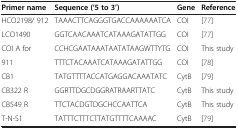
| Primer name | Sequence (‘5 to 3’) | Gene | Reference |
 | --- | --- | --- | --- |
 | HCO2198/ 912 | TAAACTTCAGGGTGACCAAAAAATCA | COI | [77] |
 | LCO1490 | GGTCAACAAATCATAAAGATATTGG | COI | [77] |
 | COI A for | CCHCGAATAAATAATATAAGWTTYTG | COI | This study |
 | 911 | TTTCTACAAATCATAAAGATATTGG | COI | [78] |
 | CB1 | TATGTTTTACCATGAGGACAAATATC | CytB | [79] |
 | CB322 R | GGRTTDGCDGGRATRAARTTATC | CytB | This study |
 | CB549 R | TTCTACDGTDGCHCCAATTCA | CytB | This study |
 | T-N-S1 | TATTTCTTTCTTATGTTTTCAAAAC | CytB | [79] |